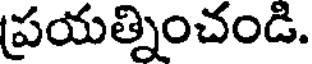
ప్రయత్నించండి.